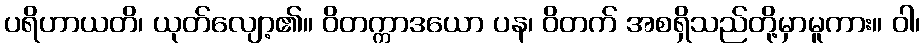
ပရိဟာယတိ၊ ယုတ်လျော့၏။ ဝိတက္ကာဒယော ပန၊ ဝိတက် အစရှိသည်တို့မှာမူကား။ ဝါ၊